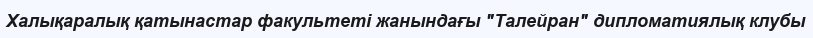
Халықаралық қатынастар факультеті жанындағы "Талейран" дипломатиялық клубы